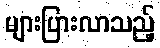
များပြားလာသည့်